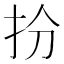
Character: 𢪅